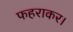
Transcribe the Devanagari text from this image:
फहराकर।